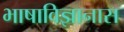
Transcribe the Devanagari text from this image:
भाषाविज्ञानास